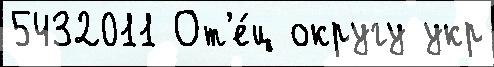
5432011 От'е́ц округу укр